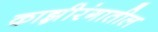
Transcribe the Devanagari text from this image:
काझ़ीरंगातील